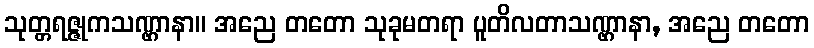
သုတ္တရဇ္ဇုကသဏ္ဌာနာ။ အညေ တတော သုခုမတရာ ပူတိလတာသဏ္ဌာနာ, အညေ တတော